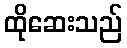
ထိုဆေးသည်